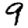
Digit: 9